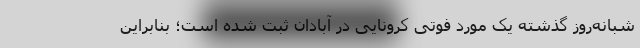
شبانه‌روز گذشته یک مورد فوتی کرونایی در آبادان ثبت شده است؛ بنابراین